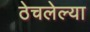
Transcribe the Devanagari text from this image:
ठेचलेल्या